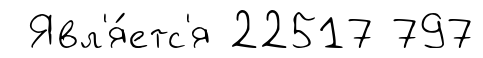
Явл'я́етс'я 22517 797